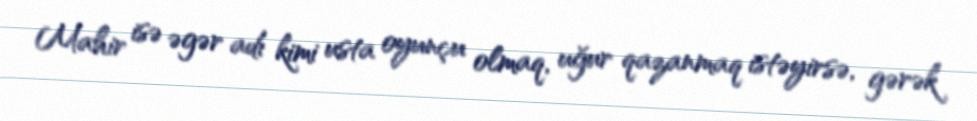
Mahir isə əgər adı kimi usta oyunçu olmaq, uğur qazanmaq istəyirsə, gərək